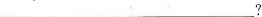
___?